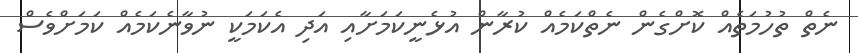
ނެތް ތުހުމަތެއް ކޮށްގެން ނެތްކަމެއް ކުރާން އުޅެނީކަމަށާއި އަދި އެކަމަކީ ނުވާނެކަމެއް ކަމަށްވެސް